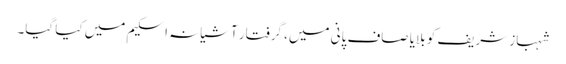
شہباز شریف کو بلایا صاف پانی میں، گرفتار آشیانہ اسکیم میں کیا گیا۔